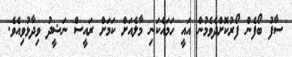
ސާފު ބޯފެން ފޯރުކޮށްދެވެމުން އައީ ހަމައެކަނި މާލެއަށް ކަމަށް ރައީސް ނަޝީދު ވިދާޅުވިއެވެ.